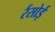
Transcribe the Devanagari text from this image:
र्रसोई